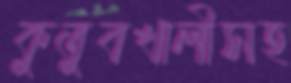
কুতুবখালীসহ